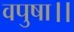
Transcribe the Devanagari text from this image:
वपुषा।।